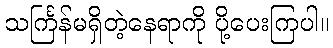
သင်္ကြန်မရှိတဲ့နေရာကို ပို့ပေးကြပါ။